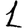
Digit: 1